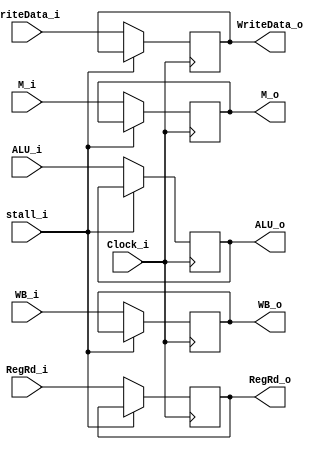
module EX_MEM(
    stall_i,
    Clock_i,
    WB_i,
    M_i,
    ALU_i,
    RegRd_i,
    WriteData_i,
    WB_o,
    M_o,
    ALU_o,
    RegRd_o,
    WriteData_o
);

input				   stall_i;
input Clock_i;
input [1:0] WB_i;
input [1:0] M_i;
input [4:0] RegRd_i;
input [31:0] ALU_i, WriteData_i;

output [1:0] WB_o;
output [1:0] M_o;
output [4:0] RegRd_o;
output [31:0] ALU_o, WriteData_o;

reg [1:0] WB_o;
reg [1:0] M_o;
reg [4:0] RegRd_o;
reg [31:0] ALU_o, WriteData_o;

initial begin
    WB_o = 0;
    M_o = 0;
    RegRd_o = 0;
    ALU_o = 0;
    WriteData_o = 0;
end

always@(posedge Clock_i)
begin
    if(stall_i) begin
    end else begin
    WB_o <= WB_i;
    M_o <= M_i;
    RegRd_o <= RegRd_i;
    ALU_o <= ALU_i;
    WriteData_o <= WriteData_i;
    end
end

endmodule